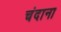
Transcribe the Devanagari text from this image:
चंदाना